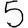
Digit: 5